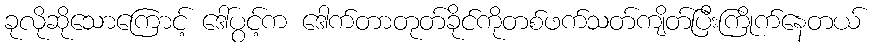
ခုလိုဆိုသောကြောင့် ဒေါ်ပွင့်က ဒေါက်တာတုတ်ခိုင်ကိုတစ်ဖက်သတ်ကျိတ်ပြီးကြိုက်နေတယ်